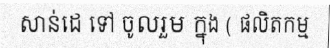
សាន់ដេ ទៅ ចូលរួម ក្នុង ( ផលិតកម្ម